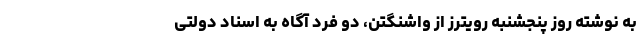
به نوشته روز پنجشنبه رویترز از واشنگتن، دو فرد آگاه به اسناد دولتی